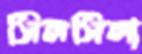
সিলসিলা